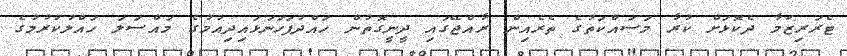
ޓެރަރިޒަމާ ދެކޮޅަށް ކުރާ މަސައްކަތުގެ ތެރެއިން ރާއްޖޭގައި ދީނީގޮތުން ހައްދުފަހަނަޅައިދިއުމުގެ މައްސަލަ ހައްލުކުރުމުގެ